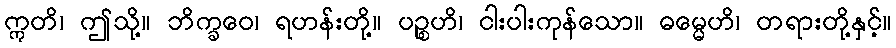
ဣတိ၊ ဤသို့။ ဘိက္ခဝေ၊ ရဟန်းတို့။ ပဉ္စဟိ၊ ငါးပါးကုန်သော။ ဓမ္မေဟိ၊ တရားတို့နှင့်။